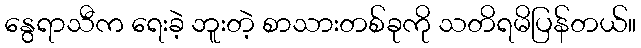
နွေရာသီက ရေးခဲ့ ဘူးတဲ့ စာသားတစ်ခုကို သတိရမိပြန်တယ်။